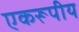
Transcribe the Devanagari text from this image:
एकरूपीय